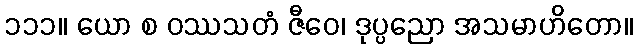
၁၁၁။ ယော စ ဝဿသတံ ဇီဝေ၊ ဒုပ္ပညော အသမာဟိတော။